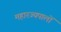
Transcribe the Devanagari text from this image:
महारज्यपालों